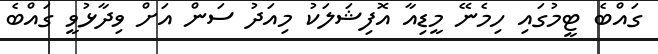
ގައްބެ ޓީމުގައި ހިމެނޭ މީޑިއާ އޮފިޝަލަކު މިއަދު ސަން އަށް ވިދާޅުވީ ގައްބެ